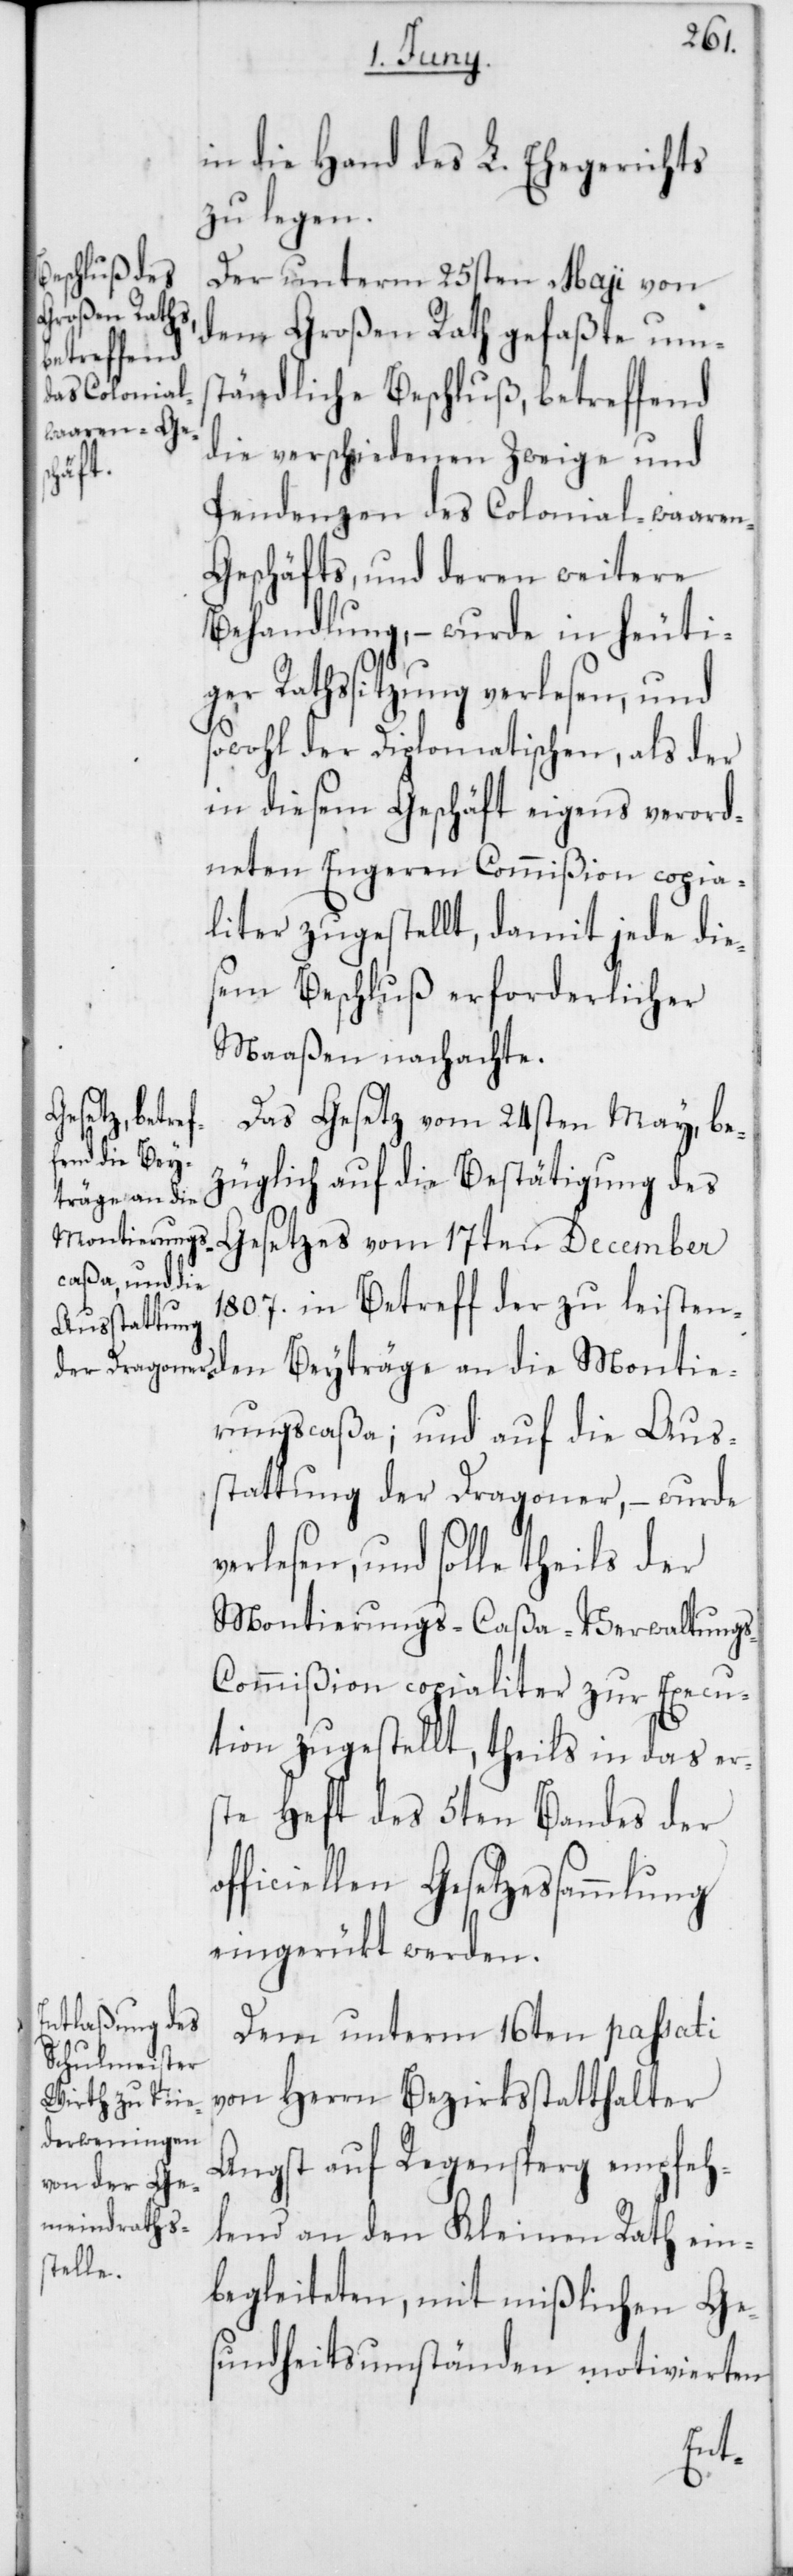
in die Hand des L. Ehegerichts
zu legen.
Der unterm 25sten Maji von
dem Großen Rath gefaßte um¬
ständliche Beschluß, betreffend
die verschiedenen Zweige und
Pendenzen des Colonial-waaren-G¬
eschäfts, und deren weitere
Behandlung, – wurde in heuti¬
ger Rathssitzung verlesen, und
sowohl der Diplomatischen, als der
in diesem Geschäft eigens verord¬
neten Engeren Commißion copia¬
liter zugestellt, damit jede die¬
sem Beschluß erforderlicher
Maaßen nachachte.
Das Gesetz vom 24sten May, be¬
züglich auf die Bestätigung des
Gesetzes vom 17ten December
1807. in Betreff der zu leisten¬
den Beyträge an die Montie¬
rungscaßa; und auf die Aus¬
stattung der Dragoner, – wurde
verlesen, und sollte theils der
Montierungs-Caßa-Verwaltung¬
s-Commißion copialiter zur Execu¬
tion zugestellt, theils in das er¬
ste Heft des 5ten Bandes der
officiellen Gesetzessammlung
eingerükt werden.
Dem unterm 16ten passati
von Herrn Bezirksstatthalter
Angst auf Regensberg empfeh¬
lend an den Kleinen Rath ein¬
begleiteten, mit mißlichen Ge¬
sundheitsumständen motivierten